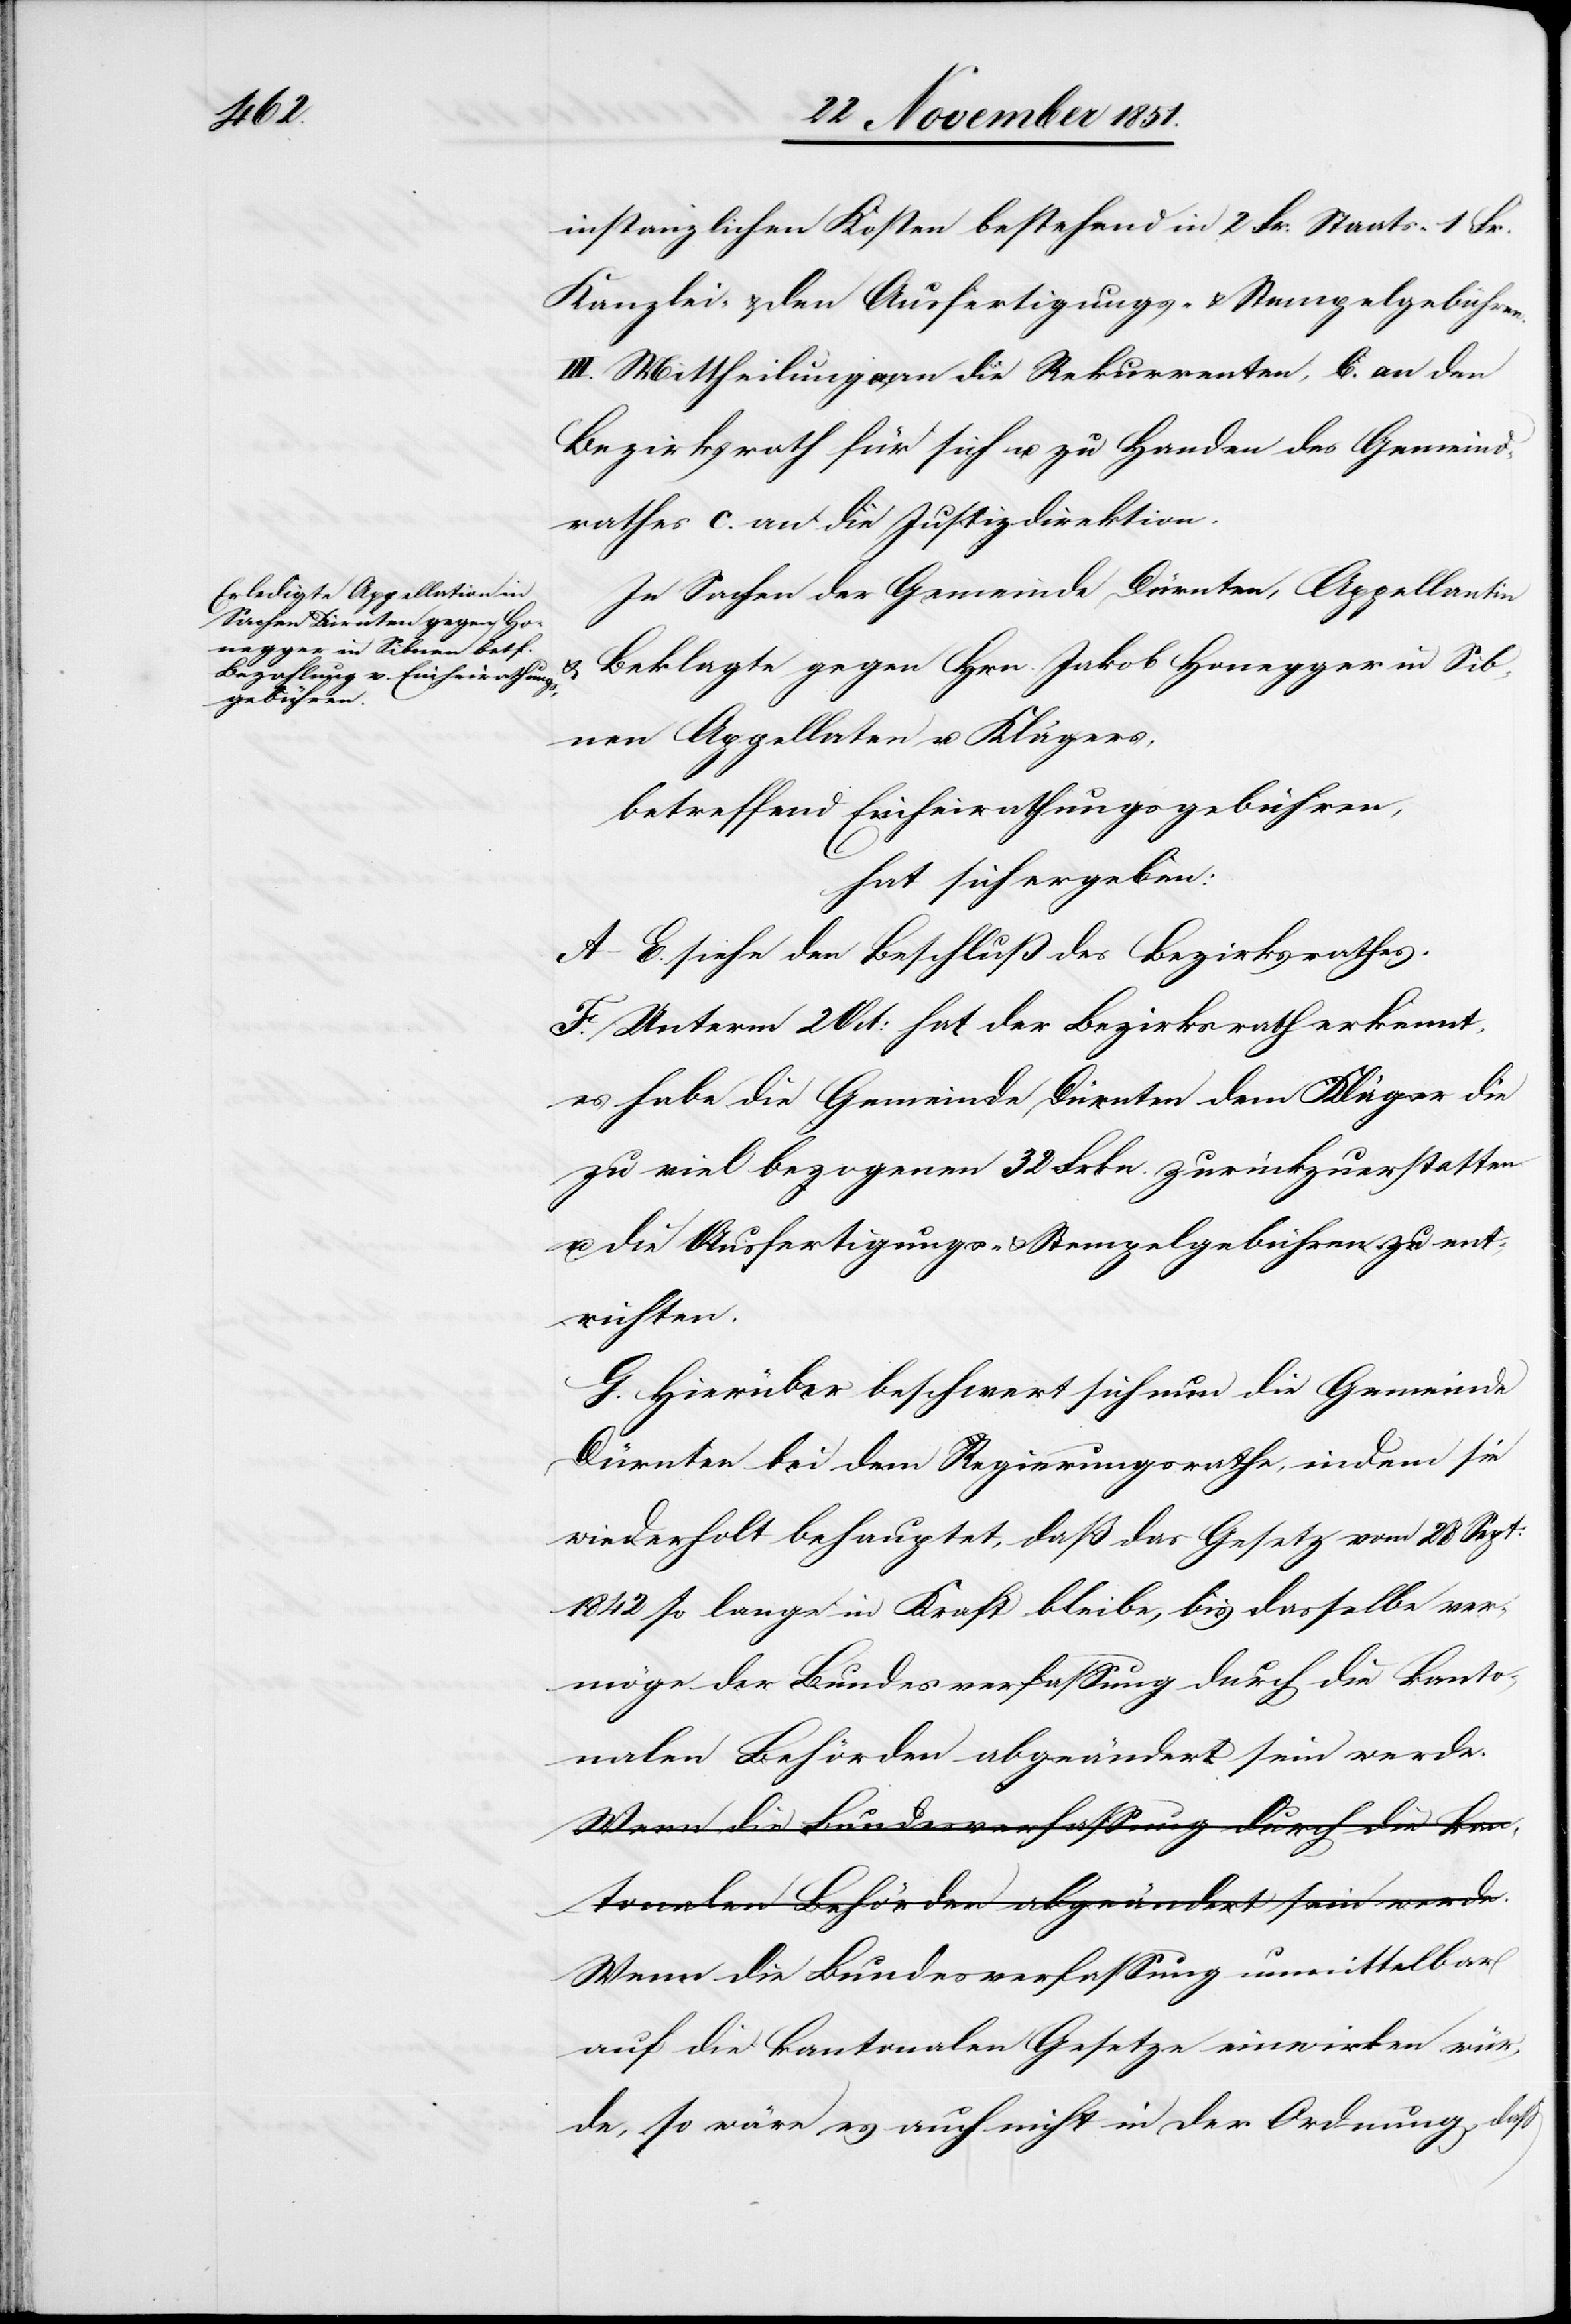
instanzlichen Kosten bestehend in 2 Fr: Staats-[,] 1 Fr.
Kanzlei- & den Ausfertigungs- & Stempelgebühren.
III. Mittheilung a., an die Rekurrenten, b. an den
Bezirksrath für sich u. zu Handen des Gemeind¬
rathes c. an die Justizdirektion.
In Sachen der Gemeinde Dürnten, Appellantin
& Beklagte gegen Hrn. Jakob Honegger in Sib¬
nen Appellaten u. Klägers,
betreffend Einheirathungsgebühren,
hat sich ergeben:
A–E. siehe den Beschluß des Bezirksrathes.
F. Unterm 2 Oct: hat der Bezirksrath erkennt,
es habe die Gemeinde Dürnten dem Kläger die
zu viel bezogenen 32 Frkn. zurückzuerstatten
u. die Ausfertigungs- & Stempelgebühren zu ent¬
richten.
G. Hierüber beschwert sich nun die Gemeinde
Dürnten bei dem Regierungsrathe, indem sie
wiederholt behauptet, daß das Gesetz vom 28 Sept:
1842 so lange in Kraft bleibe, bis dasselbe ver¬
möge der Bundesverfassung durch die kanto¬
nalen Behörden abgeändert sein werde.
Wenn die Bundesverfassung unmittelbar
auf die kantonalen Gesetze einwirken wür¬
de, so wäre es auch nicht in der Ordnung, daß